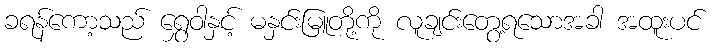
ခရန်ကော့သည် ရွှေဝါနှင့် မနှင်းမြူတို့ကို လူချင်းတွေ့ရသောအခါ အထူးပင်